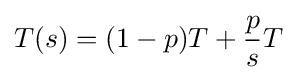
T(s)=(1-p)T+{\frac {p}{s}}T